Lunatic asylums in Bengal annual reports 1912-1924 - 1912-1924
Year: 1912
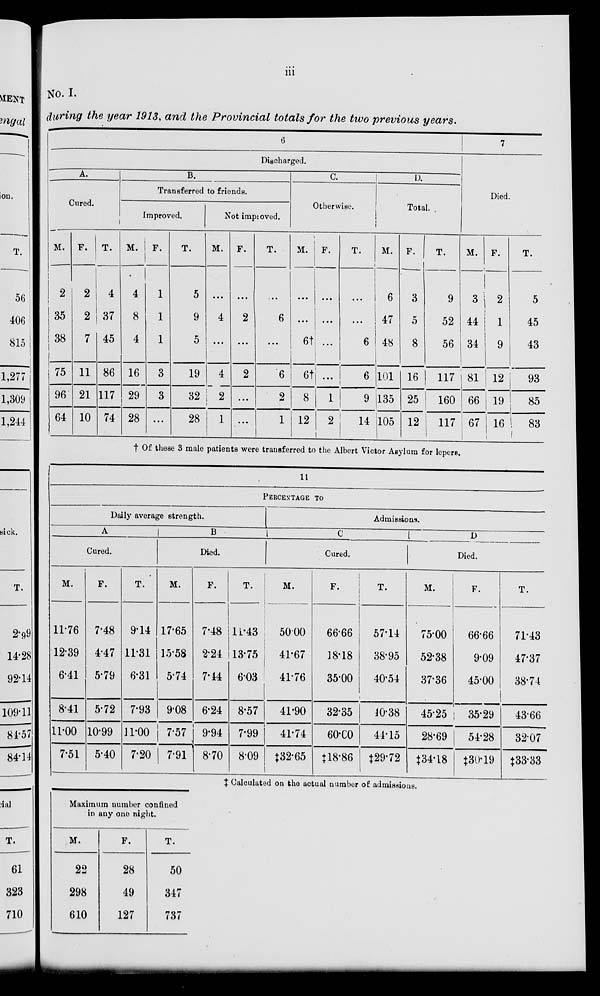
iii
No. I.
during the year 1913, and the Provincial totals for the two previous years.
6
Discharged.
A.
Cured.
M.
2
35
38
75
96
64
F.
2
2
7
11
21
10
T.
4
37
45
86
117
74
B.
Transferred to friends.
Improved.
M.
4
8
4
16
29
28
F.
1
1
1
3
3
...
T.
5
9
5
19
32
28
Not impioved.
M.
...
4
...
4
2
1
F.
...
2
...
2
...
...
T.
...
6
...
6
2
1
C.
Otherwise.
M.
...
...
6†
6†
8
12
F.
...
...
...
...
1
2
T.
...
...
6
6
9
14
D.
Total.
M.
6
47
48
101
135
105
F.
3
5
8
16
25
12
T.
9
52
56
117
160
117
7
Died.
M.
3
44
34
81
66
67
F.
2
1
9
12
19
16
T.
5
45
43
93
85
83
† Of these 3 male patients were transferred to the Albert Victor Asylum for lepers.
11
PERCENTAGE TO
Daily average strength.
A
Cured.
M.
11.76
12.39
6.41
8.41
11.00
7.51
F.
7.48
4.47
5.79
5.72
10.99
5.40
T.
9.14
11.31
6.31
7.93
11.00
7.20
B
Died.
M.
17.65
15.58
5.74
9.08
7.57
7.91
F.
7.48
2.24
7.14
6.24
9.94
8.70
T.
11.43
13.75
6.03
8.57
7.99
8.09
Admissions.
C
Cured.
M.
50.00
41.67
41.76
41.90
41.74
‡32.65
F.
66.66
18.18
35.00
32.35
60.00
‡18.86
T.
57.14
38.95
40.54
10.38
44.15
‡29.72
D
Died.
M.
75.00
52.38
37.36
45.25
28.69
‡34.18
F.
66.66
9.09
45.00
35.29
54.28
‡30.19
T.
71.43
47.37
38.74
43.66
32.07
‡33.33
‡ Calculated on the actual number of admissions.
Maximum number confined
in any one night.
M.
22
298
610
F.
28
49
127
T.
50
347
737